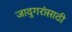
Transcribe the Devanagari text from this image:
जादुगरांसाठी